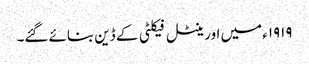
١٩١٩ء میں اورینٹل فیکلٹی کے ڈین بنائے گئے۔